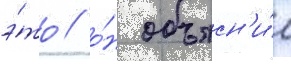
э́то / о́н объясн'и́л